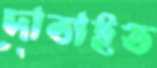
দাবাইত